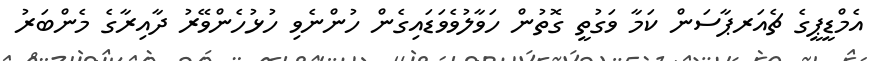
އެމްޑީޕީގެ ޗެއަރޕާސަން ކަމާ ވަގުތީ ގޮތުން ހަވާލުވެވަޑައިގެން ހުންނެވި ހުޅުހެންވޭރު ދާއިރާގެ މެންބަރު